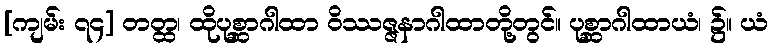
[ကျမ်း ၇၄] တတ္ထ၊ ထိုပုစ္ဆာဂါထာ ဝိဿဇ္ဇနာဂါထာတို့တွင်။ ပုစ္ဆာဂါထာယံ၊ ၌။ ယံ